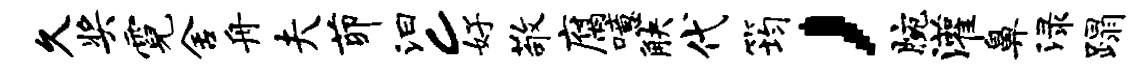
久奖霓舍舟夫茆汩c好敬腐噫觖代筠，腕灌鼻渌蹋